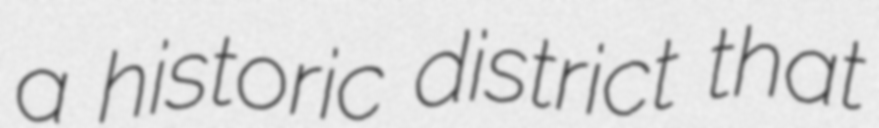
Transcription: a historic district that